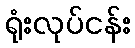
ရုံးလုပ်ငန်း